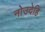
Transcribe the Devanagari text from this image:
नोउदेहि